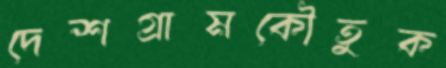
দেশগ্রামকৌতুক